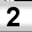
Digit: 2